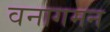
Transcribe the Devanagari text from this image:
वनागमन